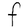
Character: F